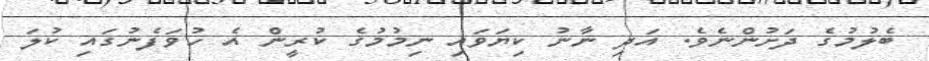
ބެލުމުގެ ދަށުންނެވެ. އަދި ނާނު ކިޔަވައި ނިމުމުގެ ކުރީން އެ ހުވަފެނުގައި ކުލަ